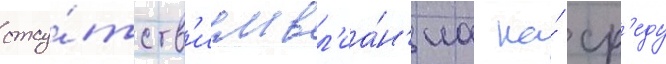
отсу́тств'ием вл'иа́н'иа на́ ср'еду